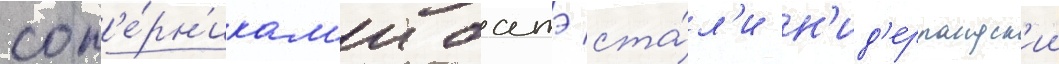
соп'е́рн'икам'и батэ ста́л'и н'ид'ерландск'ии